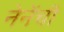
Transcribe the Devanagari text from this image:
नेनेंची